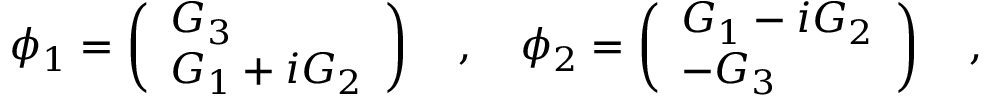
\phi _ { 1 } = \left( \begin{array} { l } { { G _ { 3 } } } \\ { { G _ { 1 } + i G _ { 2 } } } \end{array} \right) \quad , \quad \phi _ { 2 } = \left( \begin{array} { l } { { G _ { 1 } - i G _ { 2 } } } \\ { { - G _ { 3 } } } \end{array} \right) \quad ,